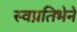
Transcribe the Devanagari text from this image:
स्वप्रतिभेने